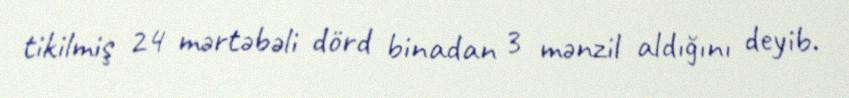
tikilmiş 24 mərtəbəli dörd binadan 3 mənzil aldığını deyib.